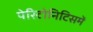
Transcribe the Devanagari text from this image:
पेरिटोनिटिसमें